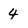
Character: 4